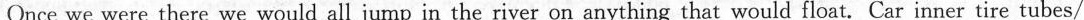
Once we were there we would all jump in the river on anything that would float. Car inner tire tubes/